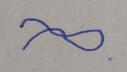
Signature authenticity: forged